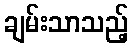
ချမ်းသာသည့်